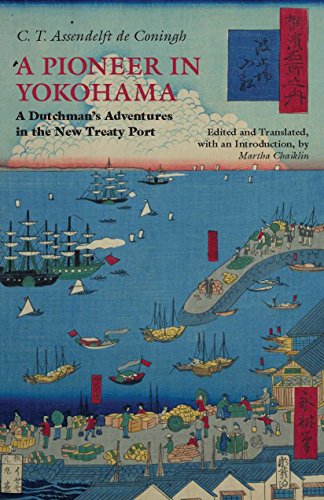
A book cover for A Pioneer in Yokohama: A Dutchman's Adventures in the New Treaty Port (Hackett Classics); C.T. Assendelft de Coningh; History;